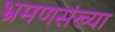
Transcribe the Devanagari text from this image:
भ्रमणसंख्या